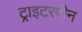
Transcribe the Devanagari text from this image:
ट्राइटरपीन